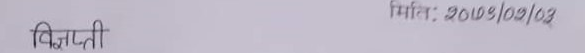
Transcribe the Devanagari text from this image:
विज्ञप्ति मिति: २०७९/०९/०३